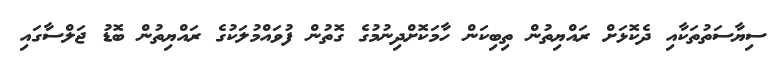
ސިޔާސަތުތަކާއި ދެކޮޅަށް ރައްޔިތުން ތިބިކަން ހާމަކޮށްދިނުމުގެ ގޮތުން ފުވައްމުލަކުގެ ރައްޔިތުން ބޮޑު ޖަލްސާގައި